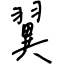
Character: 翼